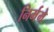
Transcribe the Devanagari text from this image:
निर्ममे